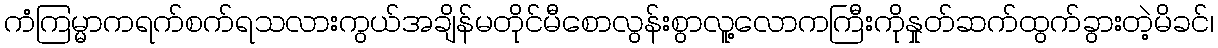
ကံကြမ္မာကရက်စက်ရသလားကွယ်အချိန်မတိုင်မီစောလွန်းစွာလူ့လောကကြီးကိုနှုတ်ဆက်ထွက်ခွားတဲ့မိခင်၊